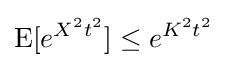
\operatorname {E} [e^{X^{2}t^{2}}]\leq e^{K^{2}t^{2}}